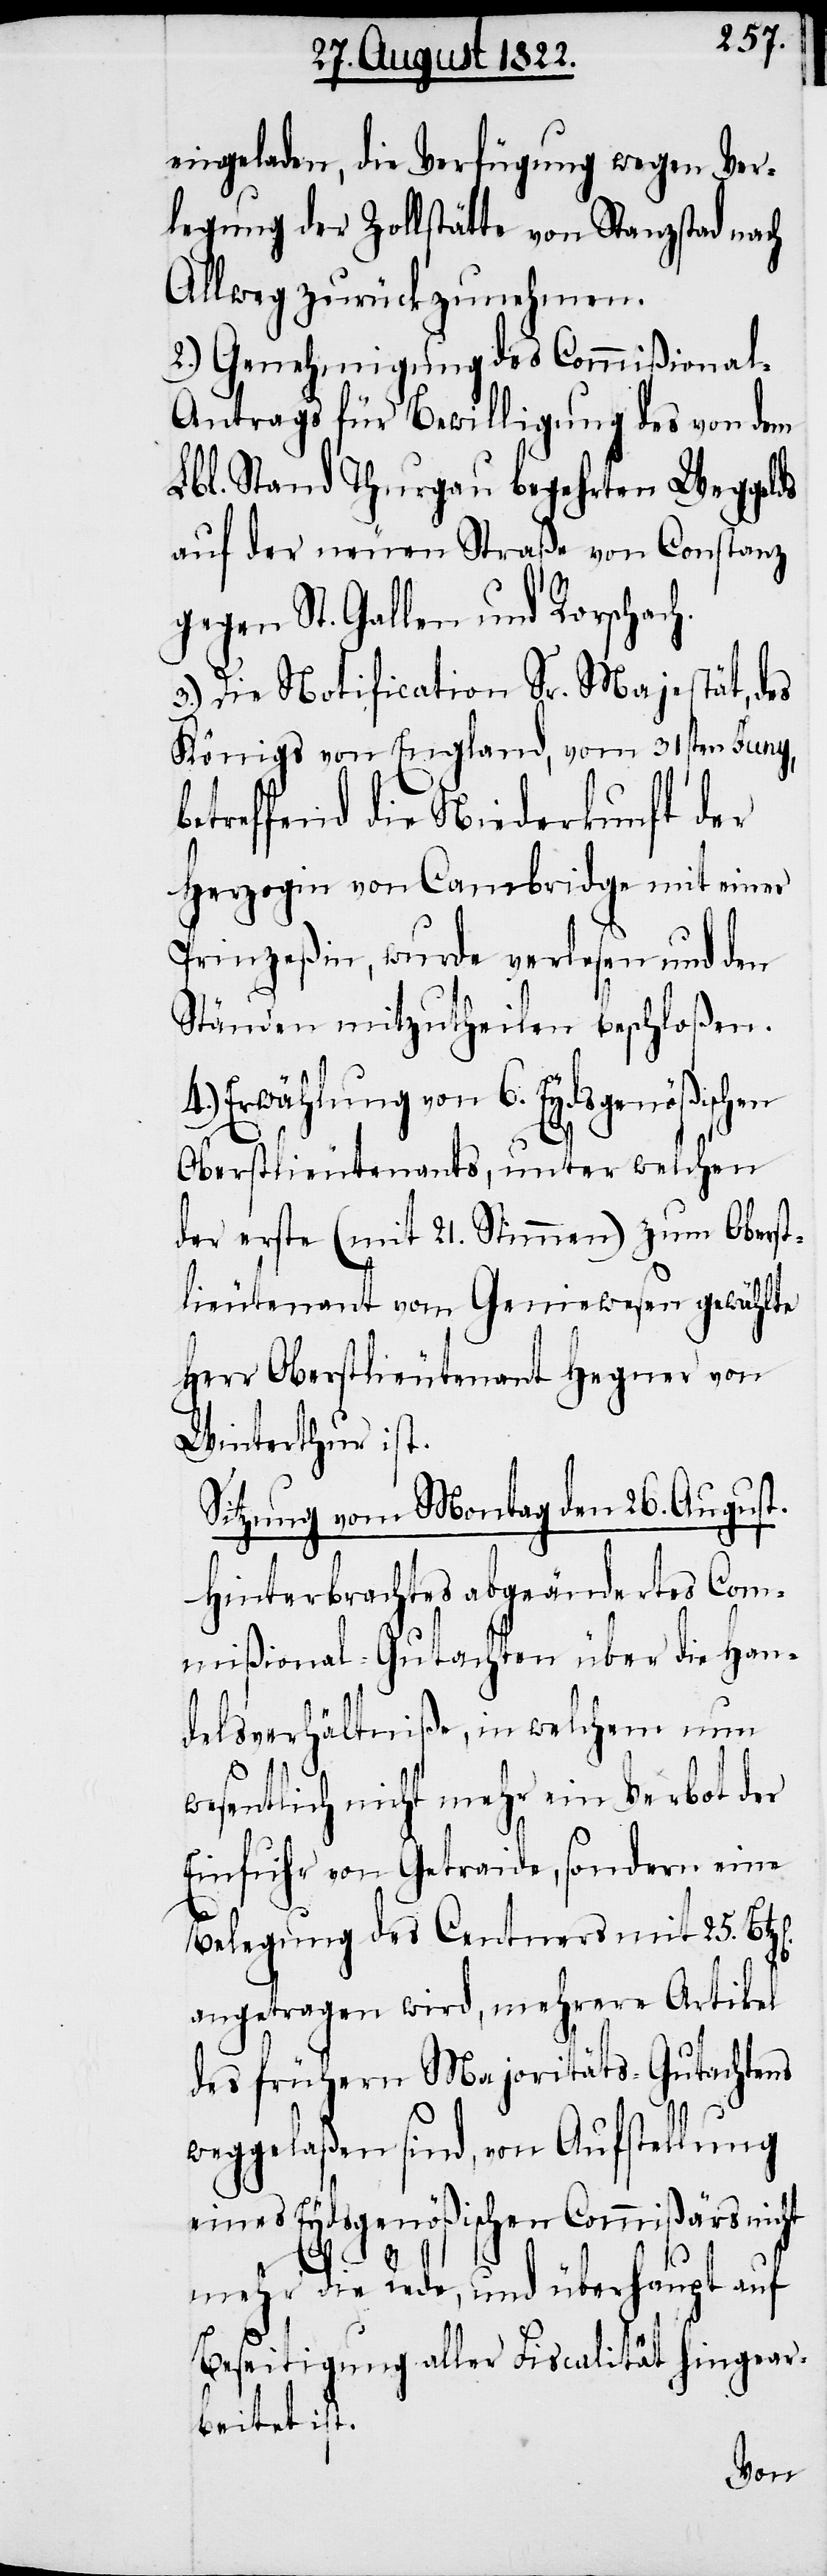
eingeladen, die Verfügung wegen Ver¬
legung der Zollstätte von Stanzstad nach
Allweg zurückzunehmen.
2.) Genehmigung des Commißional-A¬
ntrags für Bewilligung des von dem
Lbl. Stand Thurgau begehrten Weggelds
auf der neuen Straße von Constanz
gegen St. Gallen und Rorschach.
3.) Die Notification Sr. Majestät, des
Königs von England, vom 31sten Juny,
etreffend die Niederkunft der
Herzogin von Cambrigde mit einer
Prinzeßin, wurde verlesen und den
Ständen mitzutheilen beschloßen.
4.) Erwählung von 6. Eydsgenößischen
Oberstlieutnants, unter welchen
der erste (mit 21. Stimmen) zum Oberst¬
lieutnant vom Geniewesen gewählte
Herr Oberstlieutnant Hegner von
Winterthur ist.
Sitzung vom Montag den 26. August.
Hinterbrachtes abgeändertes Com¬
mißional-Gutachten über die Han¬
delsverhältniße, in welchem nun
wesentlich nicht mehr ein Verbot der
Einfuhr von Getreide, sondern eine
Belegung des Centners mit 25.
angetragen wird, mehrere Artikel
des frühern Majoritäts-Gutachtens
weggelaßen sind, von Aufstellung
eines Eydsgenößischen Commißärs nicht
mehr die Rede, und überhaupt auf
Beseitigung aller Fiscalität hingear¬
beitet ist.
b¬